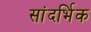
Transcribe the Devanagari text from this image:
सांदर्भिक